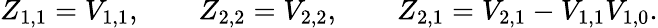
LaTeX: Z_{1,1}=V_{1,1},\qquad Z_{2,2}=V_{2,2},\qquad Z_{2,1}=V_{2,1}-V_{1,1}V_{1,0}.